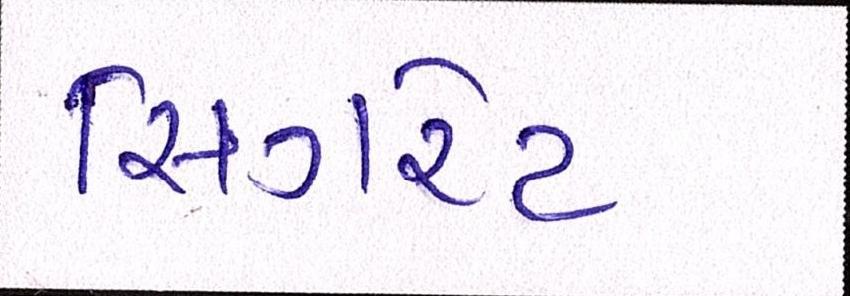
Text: સિગરેટ